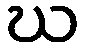
ဃ